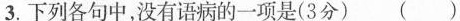
3.下列各句中，没有语病的一项是(3分)（）